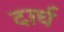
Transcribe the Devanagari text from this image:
दार्घ